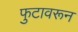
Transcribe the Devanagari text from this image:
फुटावरून